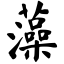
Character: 藻